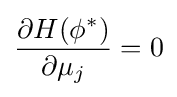
{\frac {\partial H(\phi ^{*})}{\partial \mu _{j}}}=0